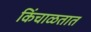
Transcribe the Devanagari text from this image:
किंचाळतात